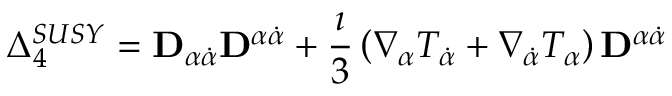
\Delta _ { 4 } ^ { S U S Y } = { \bf D } _ { \alpha \dot { \alpha } } { \bf D } ^ { \alpha \dot { \alpha } } + \frac { \imath } { 3 } \left( \nabla _ { \alpha } T _ { \dot { \alpha } } + \nabla _ { \dot { \alpha } } T _ { \alpha } \right) { \bf D } ^ { \alpha \dot { \alpha } }